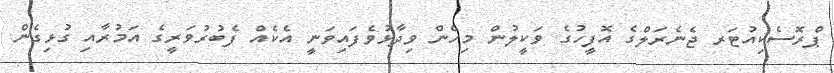
ޕްރޮސެކިއުޓަރ ޖެނެރަލްގެ އޮފީހުގެ ވަކީލުން މިހެން ވިދާޅުވެފައިވަނީ އެކެއް ފެބުރުވަރީގެ އަމުރާއި ގުޅިގެން